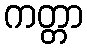
ကတ္တာ